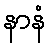
နာနံ